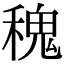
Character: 𥡂